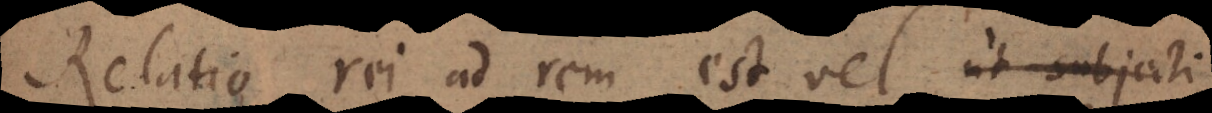
Relatio rei ad rem est vel convenientiae,